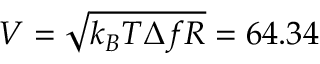
V = \sqrt { k _ { B } T \Delta f R } = 6 4 . 3 4